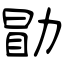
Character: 勖